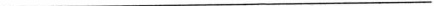
___